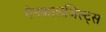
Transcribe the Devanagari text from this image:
गैनकालजिस्ट्स